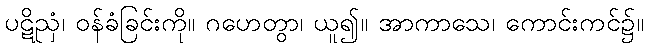
ပဋိညှံ၊ ဝန်ခံခြင်းကို။ ဂဟေတွာ၊ ယူ၍။ အာကာသေ၊ ကောင်းကင်၌။